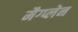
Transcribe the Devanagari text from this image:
मैग्प्लेन